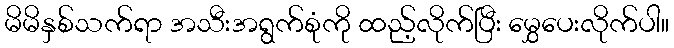
မိမိနှစ်သက်ရာ အသီးအရွက်စုံကို ထည့်လိုက်ပြီး မွှေပေးလိုက်ပါ။